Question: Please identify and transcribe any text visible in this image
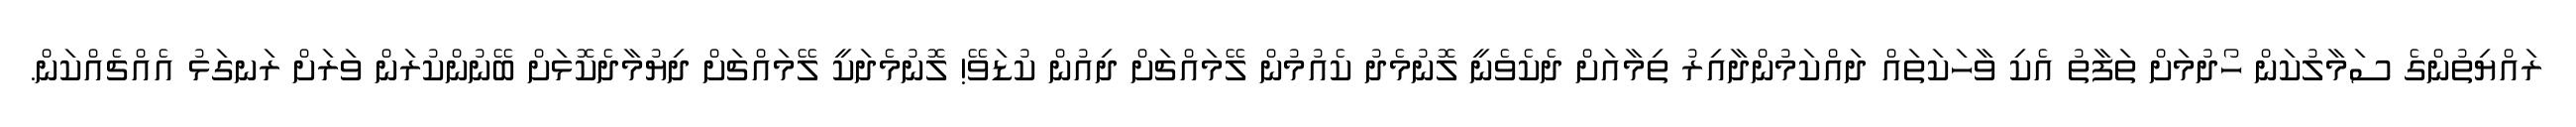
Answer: ރައްޔިތުންގެ ސަމާލުކަން ހޯދުމަށް ތަފާތު އެކި ވާހަކަތައް ދައްކަމުންދާއިރު ތިމާއަށް ދެކެވެނީ ލޮނުމެދު ކެއުމުން ލޭމައްޗަށް ދިއުން ކުޑަވޭ! ލޮނުމެދަކީ ލޭމައްޗަށް ދިޔުމާދެކޮޅަށް ބޭނުންކުރަން ވަރަށް ރަނގަޅު އެއްޗެއްކަން.